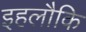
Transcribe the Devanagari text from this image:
इहलौकि